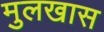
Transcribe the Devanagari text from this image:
मुलखास